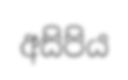
අසිපිය